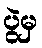
ပွဲမှ